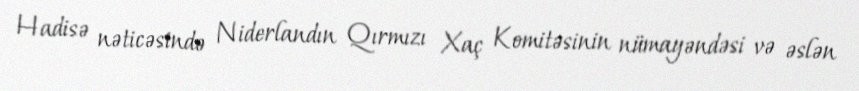
Hadisə nəticəsində Niderlandın Qırmızı Xaç Komitəsinin nümayəndəsi və əslən